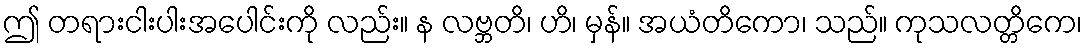
ဤ တရားငါးပါးအပေါင်းကို လည်း။ န လဗ္ဘတိ၊ ဟိ၊ မှန်။ အယံတိကော၊ သည်။ ကုသလတ္တိကေ၊